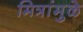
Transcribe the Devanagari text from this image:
मित्रांमुळे